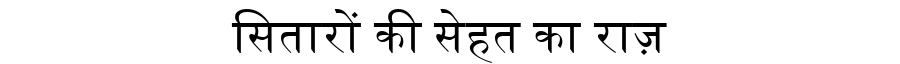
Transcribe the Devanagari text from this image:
सितारों की सेहत का राज़